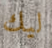
ليك